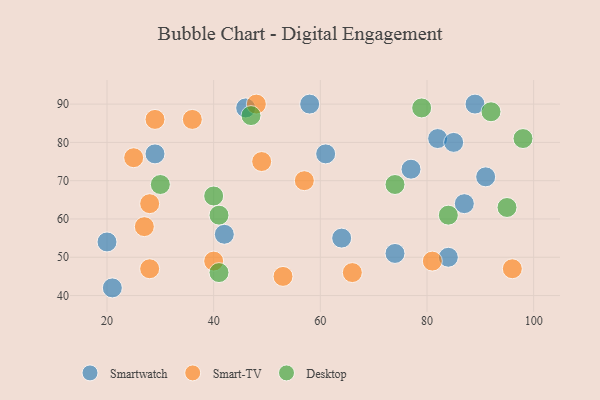
{"axis": {"x": "GDP", "y": "Life Expectancy"}, "legend": ["Desktop", "Smart-TV", "Smartwatch"], "data": [{"x": "46", "y": 89, "type": "Smartwatch"}, {"x": "89", "y": 90, "type": "Smartwatch"}, {"x": "82", "y": 81, "type": "Smartwatch"}, {"x": "85", "y": 80, "type": "Smartwatch"}, {"x": "84", "y": 50, "type": "Smartwatch"}, {"x": "87", "y": 64, "type": "Smartwatch"}, {"x": "77", "y": 73, "type": "Smartwatch"}, {"x": "61", "y": 77, "type": "Smartwatch"}, {"x": "20", "y": 54, "type": "Smartwatch"}, {"x": "91", "y": 71, "type": "Smartwatch"}, {"x": "58", "y": 90, "type": "Smartwatch"}, {"x": "64", "y": 55, "type": "Smartwatch"}, {"x": "21", "y": 42, "type": "Smartwatch"}, {"x": "29", "y": 77, "type": "Smartwatch"}, {"x": "42", "y": 56, "type": "Smartwatch"}, {"x": "74", "y": 51, "type": "Smartwatch"}, {"x": "57", "y": 70, "type": "Smart-TV"}, {"x": "96", "y": 47, "type": "Smart-TV"}, {"x": "28", "y": 64, "type": "Smart-TV"}, {"x": "29", "y": 86, "type": "Smart-TV"}, {"x": "48", "y": 90, "type": "Smart-TV"}, {"x": "25", "y": 76, "type": "Smart-TV"}, {"x": "66", "y": 46, "type": "Smart-TV"}, {"x": "40", "y": 49, "type": "Smart-TV"}, {"x": "53", "y": 45, "type": "Smart-TV"}, {"x": "49", "y": 75, "type": "Smart-TV"}, {"x": "28", "y": 47, "type": "Smart-TV"}, {"x": "36", "y": 86, "type": "Smart-TV"}, {"x": "81", "y": 49, "type": "Smart-TV"}, {"x": "27", "y": 58, "type": "Smart-TV"}, {"x": "98", "y": 81, "type": "Desktop"}, {"x": "30", "y": 69, "type": "Desktop"}, {"x": "92", "y": 88, "type": "Desktop"}, {"x": "47", "y": 87, "type": "Desktop"}, {"x": "74", "y": 69, "type": "Desktop"}, {"x": "84", "y": 61, "type": "Desktop"}, {"x": "79", "y": 89, "type": "Desktop"}, {"x": "41", "y": 61, "type": "Desktop"}, {"x": "41", "y": 46, "type": "Desktop"}, {"x": "40", "y": 66, "type": "Desktop"}, {"x": "95", "y": 63, "type": "Desktop"}]}